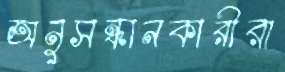
অনুসন্ধানকারীরা